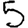
Digit: 5